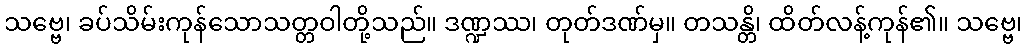
သဗ္ဗေ၊ ခပ်သိမ်းကုန်သောသတ္တဝါတို့သည်။ ဒဏ္ဍဿ၊ တုတ်ဒဏ်မှ။ တသန္တိ၊ ထိတ်လန့်ကုန်၏။ သဗ္ဗေ၊